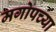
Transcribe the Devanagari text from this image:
मगोपच्या